Indian journal of veterinary science and animal husbandry - Volumes 26-27, 1956-1957
Year: 1956
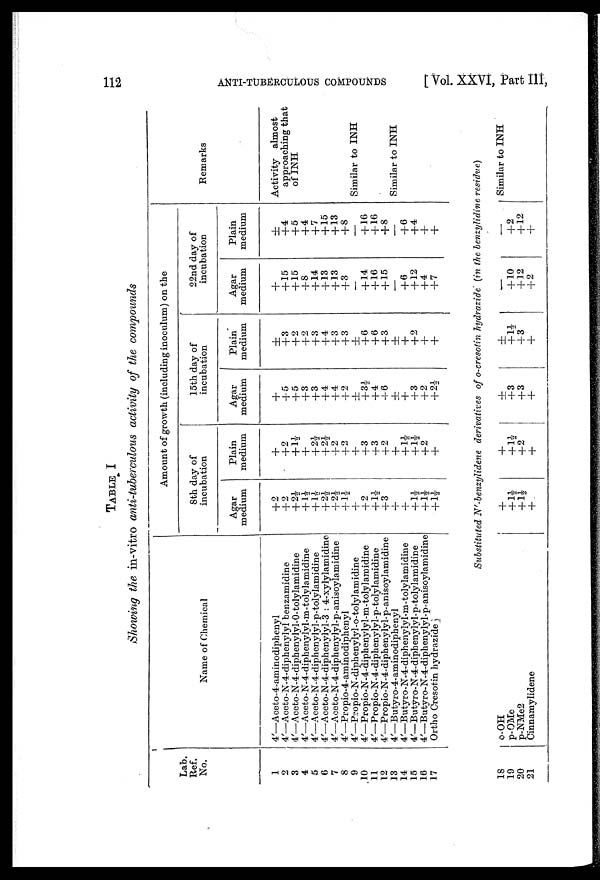
112
ANTI-TUBERCULOUS
COMPOUNDS
[ Vol. XXVI, Part III,
TABLE I
Showing the in-vitro anti-tuberculous activity of the compounds
Lab.
Ref.
No.
1
2
3
4
5
6
7
8
9
10
11
12
13
14
15
16
17
Name of Chemical
4'—Aceto-4-aminodiphenyl
4'—Aceto-N-4-diphenylyl benzamidine
4'—Aceto-N-4-diphenylyl-O-tolylamidine
4'—Aceto-N-4-diphenylyl-m-tolylamidine
4'—Aceto-N-4-diphenylyl-p-tolylamidine
4'—Aceto-N-4-diphenylyl-3 : 4-xylylamidine
4'—Aceto-N-4-diphenylyl-p-anisoylamidine
4'—Propio-4-aminodiphenyl
4'—Propio-N-diphenylyl-o-tolylamidine
4'—Propio-N-4-diphenylyl-m-tolylamidine
4'—Propio-N-4-diphenylyl-p-tolylamidine
4'—Propio-N-4-diphenylyl-p-anisoylamidine
4'—Butyro-4-aminodiphenyl
4'—Butyro-N-4-diphenylyl-m-tolylamidine
4'—Butyro-N-4-diphenylyl-p-tolylamidine
4'—Butyro-N-4-diphenylyl-p-anisoylamidine
Ortho Cresotin hydrazide
Amount of growth (including inoculum) on the
8th day of
incubation
Agar
medium
+2
+2
+2½
+1½
+1½ +2½
+2½
+1½ +
+2
+1½
+3
+
+
+1½
+1½
+1½
Plain
medium
+
+2
+1½
+
+2½
+2½
+2
+2
+
+3
+3
+2
+
+1½
+1½
+2
+
15th day of
incubation
Agar
medium
+
+5
+5
+3
+3
+4
+4
+2
±
+3½
+4
+6
±
+
+3
+2
+2½
Plain
medium
±
+3
+2
+2
+3
+4
+3
+3
±
+6
+6
+3
±
+
+2
+
+
22nd day of
incubation
Agar
medium
+
+15
+15
+8
+14
+13
+13
+3
—
+14
+16
+15
—
+6
+12
+4
+7
Plain
medium
±
+4
+5
+4
+7
+15
+13
+8
—
+16
+16
+8
—
+6
+4
+
+
Remarks
Activity almost
approaching that
of INH
Similar to INH
Similar to INH
Substituted N'-benzylidene
derivatives of o-cresotin hydrazide (in the benzylidine residue)
18
19
20
21
o-OH
p-OMe
p-NMe2
Cinnamylidene
+
+1½
+1½
+
+
+1½
+2
+
+
+3
+3
+
±
+1½
+3
+
–
+10
+12
+2
–
+2
+12
+
Similar to INH